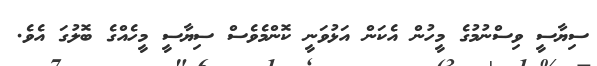
ސިޔާސީ ވިސްނުމުގެ މީހުން އެކަން އަޅުވަނީ ކޮންމެވެސް ސިޔާސީ މީހެއްގެ ބޮލުގަ އެވެ.